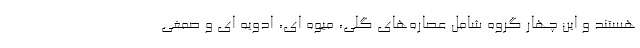
هستند و این چهار گروه شامل عصاره‌های گلی، میوه ای، ادویه ای و صمغی